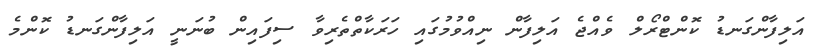
އަލިފާންގަނޑު ކޮންޓްރޯލް ވެއްޖެ އަލިފާން ނިއްވުމުގައި ހަރަކާތްތެރިވާ ސިފައިން ބުނަނީ އަލިފާންގަނޑު ކޮންމެ